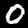
Digit: 0